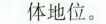
体地位。